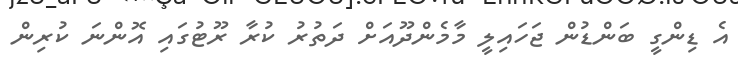
އެ ޑިންގީ ބަންޑުން ޖަހައިލީ މާމެންދޫއަށް ދަތުރު ކުރާ ރޫޓުގައި އޮންނަ ކުރިން